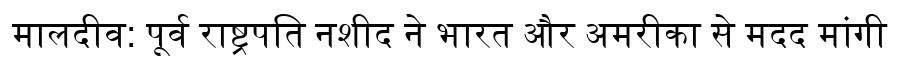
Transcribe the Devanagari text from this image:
मालदीव: पूर्व राष्ट्रपति नशीद ने भारत और अमरीका से मदद मांगी